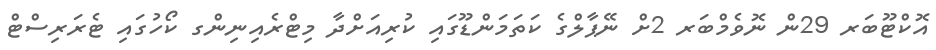
އޮކްޓޫބަރ 29ން ނޮވެމްބަރ 2ށް ނޭޕާލްގެ ކަތަމަންޑޫގައި ކުރިއަށްދާ މިޓްރެއިނިންގ ކޯހުގައި ޓެރަރިސްޓް